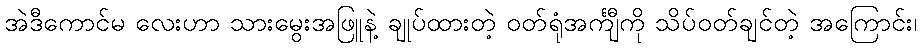
အဲဒီကောင်မ လေးဟာ သားမွေးအဖြူနဲ့ ချုပ်ထားတဲ့ ဝတ်ရုံအင်္ကျီကို သိပ်ဝတ်ချင်တဲ့ အကြောင်း၊